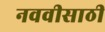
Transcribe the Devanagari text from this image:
नववीसाठी